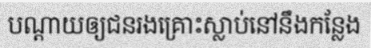
បណ្តាយឲ្យជនរងគ្រោះស្លាប់នៅនឹងកន្លែង